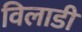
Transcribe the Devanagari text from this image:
विलाडी